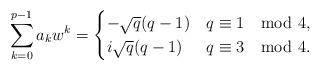
LaTeX: \begin{align*} \sum_{k=0}^{p-1}a_kw^k=\begin{cases}-\sqrt{q}(q-1) & q\equiv 1 \mod 4,\\i\sqrt{q}(q-1)& q\equiv 3 \mod 4. \end{cases}\end{align*}